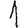
Digit: 1